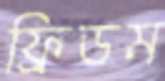
ফ্রিডম